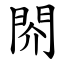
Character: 䦏